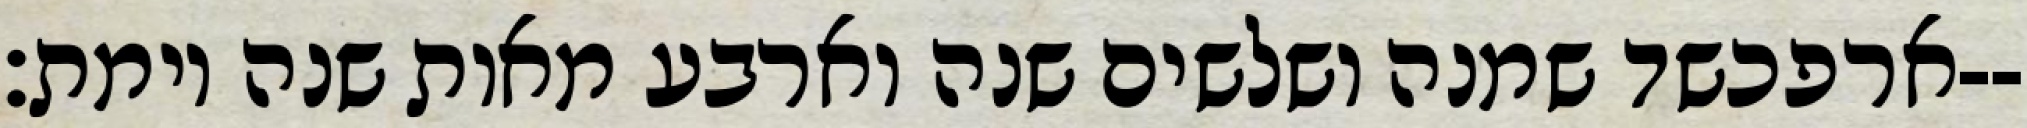
ארפכשד שמנה ושלשים שנה וארבע מאות שנה וימת׃--